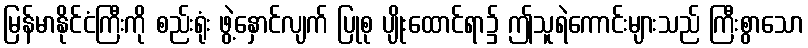
မြန်မာနိုင်ငံကြီးကို စည်းရုံး ဖွဲ့နှောင်လျက် ပြုစု ပျိုးထောင်ရာ၌ ဤသူရဲကောင်းများသည် ကြီးစွာသော